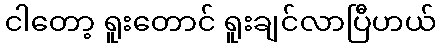
ငါတော့ ရူးတောင် ရူးချင်လာပြီဟယ်